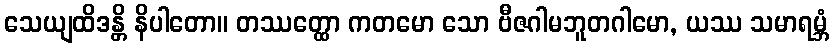
သေယျထိဒန္တိ နိပါတော။ တဿတ္ထော ကတမော သော ဗီဇဂါမဘူတဂါမော, ယဿ သမာရမ္ဘံ